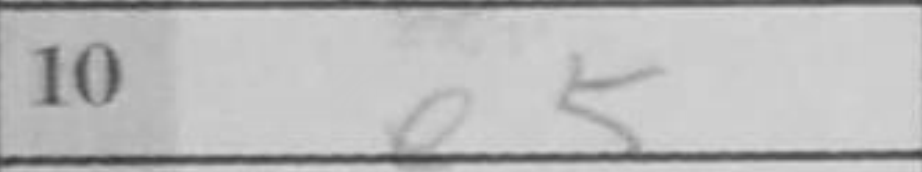
Transcription: e5